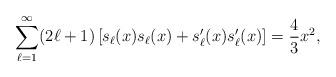
LaTeX: \begin{align*}\sum_{\ell=1}^{\infty} (2\ell+1)\left[ s_\ell(x) s_\ell(x) + s_\ell'(x) s_\ell'(x) \right] ={4\over3} x^2,\end{align*}